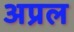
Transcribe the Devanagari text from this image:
अप्रल